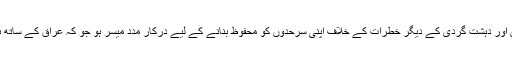
ہم یہ امر یقینی بنانے میں مدد دیں گے کہ عراقی حکومت کو داعش اور دہشت گردی کے دیگر خطرات کے خلاف اپنی سرحدوں کو محفوظ بنانے کے لیے درکار مدد میسر ہو جو کہ عراق کے ساتھ ہمارے ‘سٹریٹیجک فریم ورک ایگریمنٹ’ سے مطابقت رکھتی ہے۔